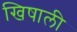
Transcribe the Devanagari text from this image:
खिषाली